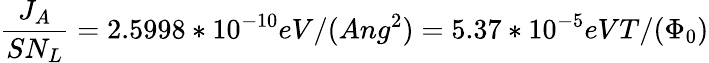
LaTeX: \frac{J_{A}}{SN_{L}}=2.5998*10^{-10}eV/(Ang^{2})=5.37*10^{-5}eVT/(\Phi_{0})